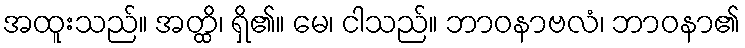
အထူးသည်။ အတ္ထိ၊ ရှိ၏။ မေ၊ ငါသည်။ ဘာဝနာဗလံ၊ ဘာဝနာ၏